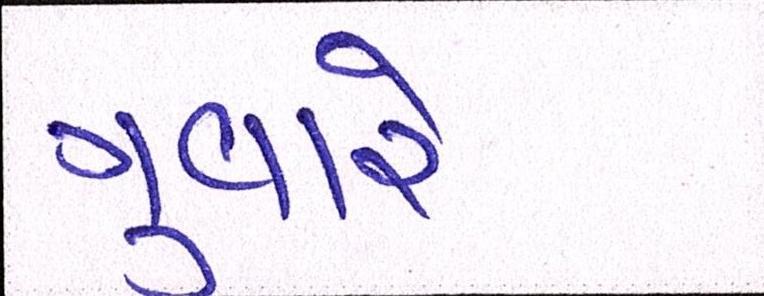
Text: ગુવારે